Source: Handwritten
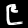
Digit: ၉ (9)